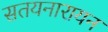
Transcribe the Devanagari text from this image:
सतयनारायन